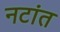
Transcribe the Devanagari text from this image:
नटांत